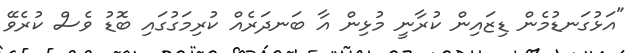
"އަޅުގަނޑުމެން ޑިޒައިން ކުރާނީ މުޅިން އާ ބަނދަރެއް ކުރިމަގުގައި ބޮޑު ވެސް ކުރެވޭ